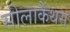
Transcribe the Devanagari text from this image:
सीलाकैंथस